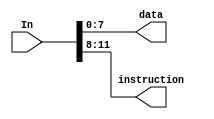
`timescale 1ns / 1ps

/*------------------------------------------------
 * Module:    Bus Split
 -----------------------------------------------*/
 
 /************************************************ 
 // [INPUTS]
 // Unparsed Input:	In	
 
 // [OUTPUTS]
 // Data:				data
 // Instruction:		instruction
 ************************************************/ 
 
module BusSplit(
	input [11:0] In,
	output [7:0] data,
	output [3:0] instruction
);

	assign data = In[7:0];
	assign instruction = In[11:8];
	
endmodule